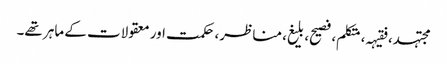
مجتہد، فقیہہ، متکلم، فصیح، بلیغ، مناظر، حکمت اور معقولات کے ماہر تھے۔